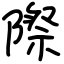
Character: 際